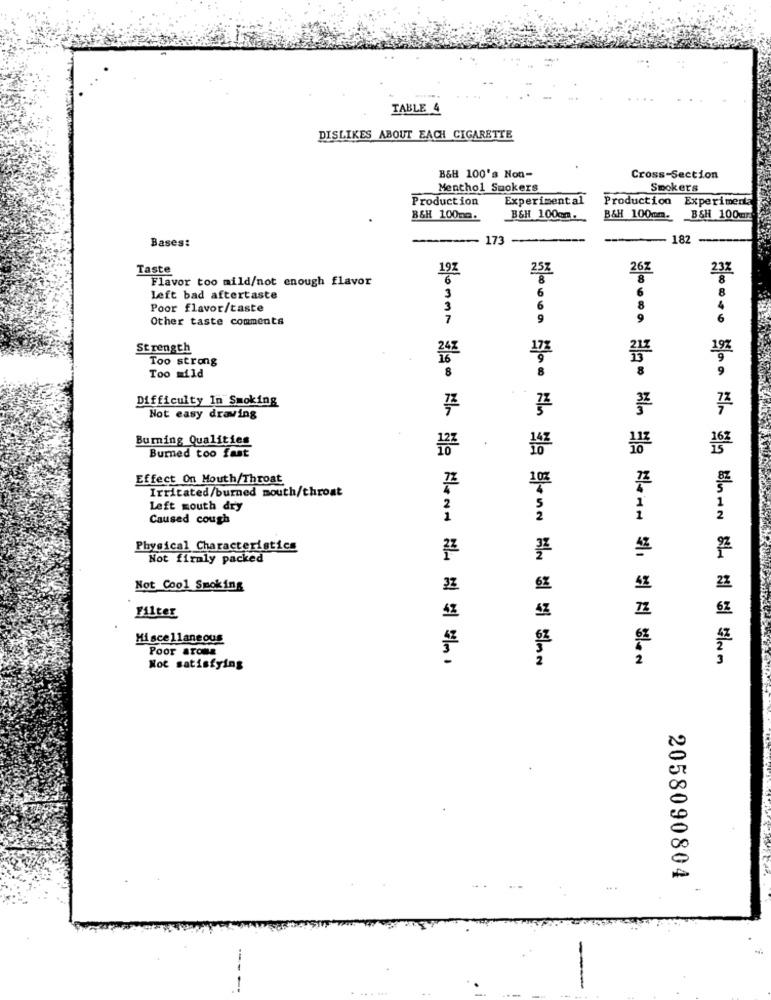
TABLE 4
DISLIKES ABOUT EACH CIGARETTE
B&H 100's Non-
Cross-Section
Menthol Smokers
Smokers
Production
Experimental
Production Experimenta
B&H 100mm.
B&H 100cm.
B&H 100mm.
BSH 100mr
Bases:
173
182
Taste
19%
26Z
Flavor too mild/not enough flavor
257
8
Left bad aftertaste
3
6
Poor flavor/taste
3
6
8
Other taste comments
7
9
9
Strength
248
Too strong
16
173
Too mild
8
8
Difficulty In Smoking
73
Not easy drawing
Burning Qualities
Burned too fast
Effect On Mouth/Throat
Irritated/burned mouth/throat
Left mouth dry
Caused cough
Physical Characteristics
Not firmly packed
Not Cool Smoking
32
Filter
Miscellaneous
Poor aroma
₩8광주醫學22年丝丝學
Not satisfying
2058090804